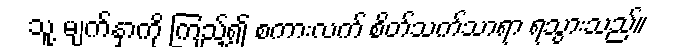
သူ့ မျက်နှာကို ကြည့်၍ စကားလက် စိတ်သက်သာရာ ရသွားသည်။